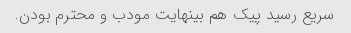
سریع رسید پیک هم بینهایت مودب و محترم بودن.